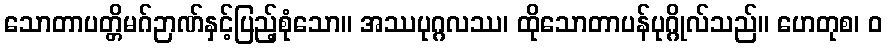
သောတာပတ္တိမဂ်ဉာဏ်နှင့်ပြည့်စုံသော။ အဿပုဂ္ဂလဿ၊ ထိုသောတာပန်ပုဂ္ဂိုလ်သည်။ ဟေတုစ၊ ဝ